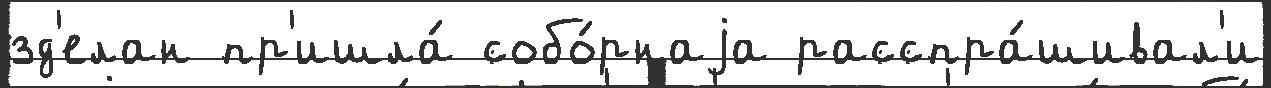
зд'елан пр'ишла́ собо́рнаjа расспра́шивал'и